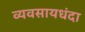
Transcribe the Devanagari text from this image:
व्यवसायधंदा